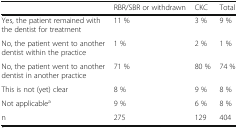
<table><thead><tr><td></td><td><b>RBR/SBR or withdrawn</b></td><td><b>CKC</b></td><td><b>Total</b></td></tr></thead><tbody><tr><td>Yes, the patient remained with the dentist for treatment</td><td>11 %</td><td>3 %</td><td>9 %</td></tr><tr><td>No, the patient went to another dentist within the practice</td><td>1 %</td><td>2 %</td><td>1 %</td></tr><tr><td>No, the patient went to another dentist in another practice</td><td>71 %</td><td>80 %</td><td>74 %</td></tr><tr><td>This is not (yet) clear</td><td>8 %</td><td>9 %</td><td>8 %</td></tr><tr><td>Not applicable<sup>a</sup></td><td>9 %</td><td>6 %</td><td>8 %</td></tr><tr><td>n</td><td>275</td><td>129</td><td>404</td></tr></tbody></table>